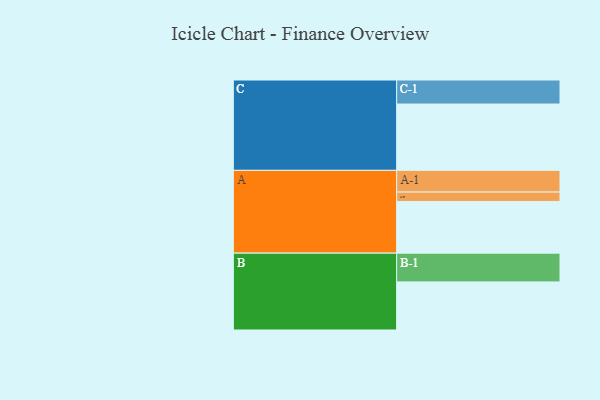
{"axis": {"x": "Segment", "y": "Value"}, "legend": ["", "A", "B", "C"], "data": [{"x": "A", "y": 417, "type": ""}, {"x": "B", "y": 388, "type": ""}, {"x": "C", "y": 535, "type": ""}, {"x": "A-1", "y": 175, "type": "A"}, {"x": "A-2", "y": 76, "type": "A"}, {"x": "B-1", "y": 232, "type": "B"}, {"x": "C-1", "y": 194, "type": "C"}]}